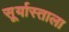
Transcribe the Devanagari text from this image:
सूर्यास्ताला